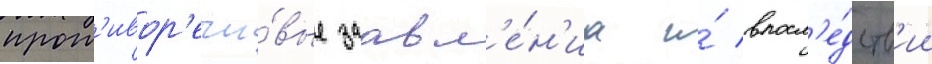
прот'ивор'ечи́вые заавл'е́н'иа и́ впосл'е́дств'ии